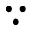
\because